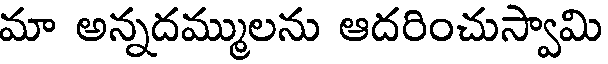
మా అన్నదమ్ములను ఆదరించుస్వామి